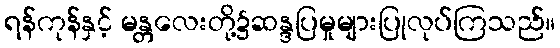
ရန်ကုန်နှင့် မန္တလေးတို့၌ဆန္ဒပြမှုများပြုလုပ်ကြသည်။